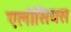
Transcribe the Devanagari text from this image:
एलोसियस